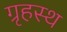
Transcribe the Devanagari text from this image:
ग्रृहस्थ